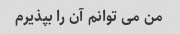
من می توانم آن را بپذیرم